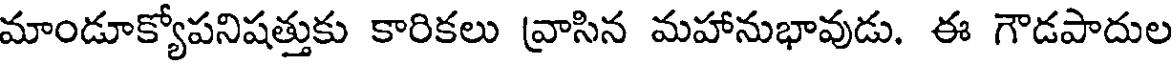
మాండూక్యోపనిషత్తుకు కారికలు వ్రాసిన మహానుభావుడు. ఈ గౌడపాదుల